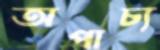
অপাচ্য